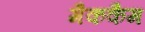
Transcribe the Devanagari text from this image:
मैककैम